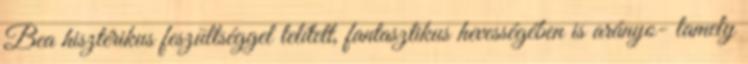
Bea hisztérikus feszültséggel telített, fantasztikus hevességében is arányo- lamely